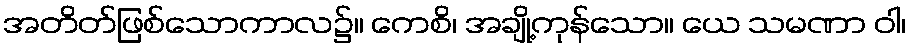
အတိတ်ဖြစ်သောကာလ၌။ ကေစိ၊ အချို့ကုန်သော။ ယေ သမဏာ ဝါ၊